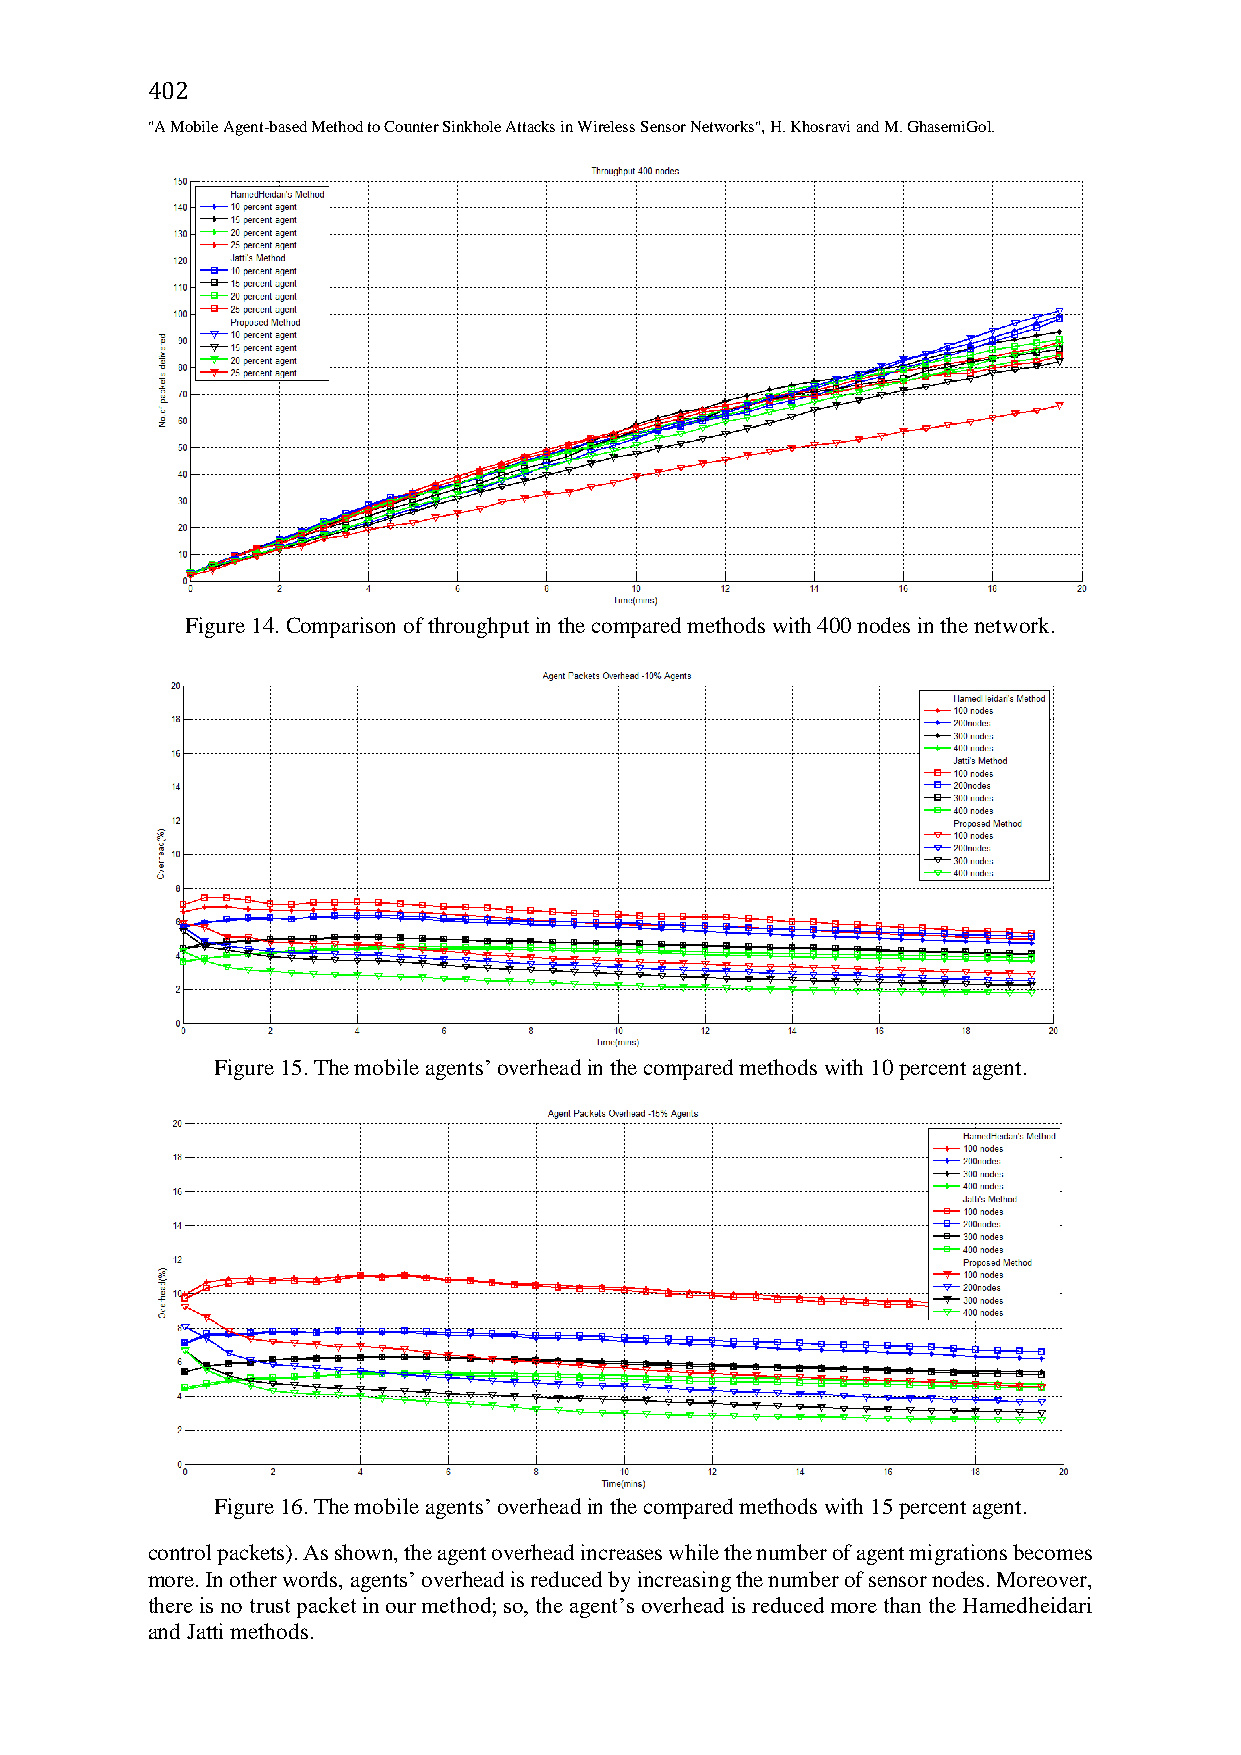
402
 "A Mobile Agent-based Method to Counter Sinkhole Attacks in Wireless Sensor Networks", H. Khosravi and M. GhasemiGol.
 Figure 14. Comparison of throughput in the compared methods with 400 nodes in the network.
 Figure 15. The mobile agents’ overhead in the compared methods with 10 percent agent.
 Figure 16. The mobile agents’ overhead in the compared methods with 15 percent agent.
 control packets). As shown, the agent overhead increases while the number of agent migrations becomes
 more. In other words, agents’ overhead is reduced by increasing the number of sensor nodes. Moreover,
 there is no trust packet in our method; so, the agent’s overhead is reduced more than the Hamedheidari
 and Jatti methods.